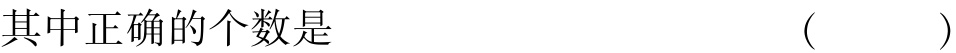
其中正确的个数是 （ ）